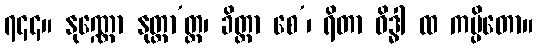
၇၄၄။ နုဏ္ဏော နုတ္တာ’တ္တ၊ ခိတ္တာ စေ’၊ ရိတာ ဝိဒ္ဓါ ထ ကမ္ပိတော။